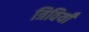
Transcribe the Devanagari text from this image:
त्रिवियाँ